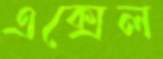
এক্সেল